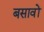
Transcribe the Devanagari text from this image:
बसावों